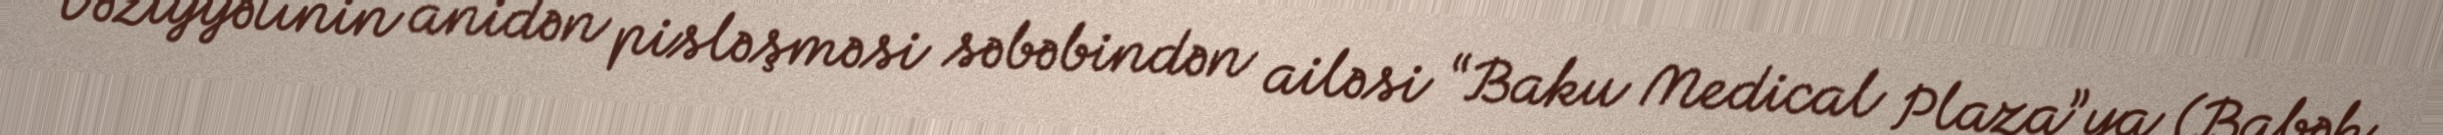
Vəziyyətinin anidən pisləşməsi səbəbindən ailəsi “Baku Medical Plaza”ya (Babək